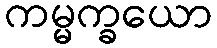
ကမ္မက္ခယော